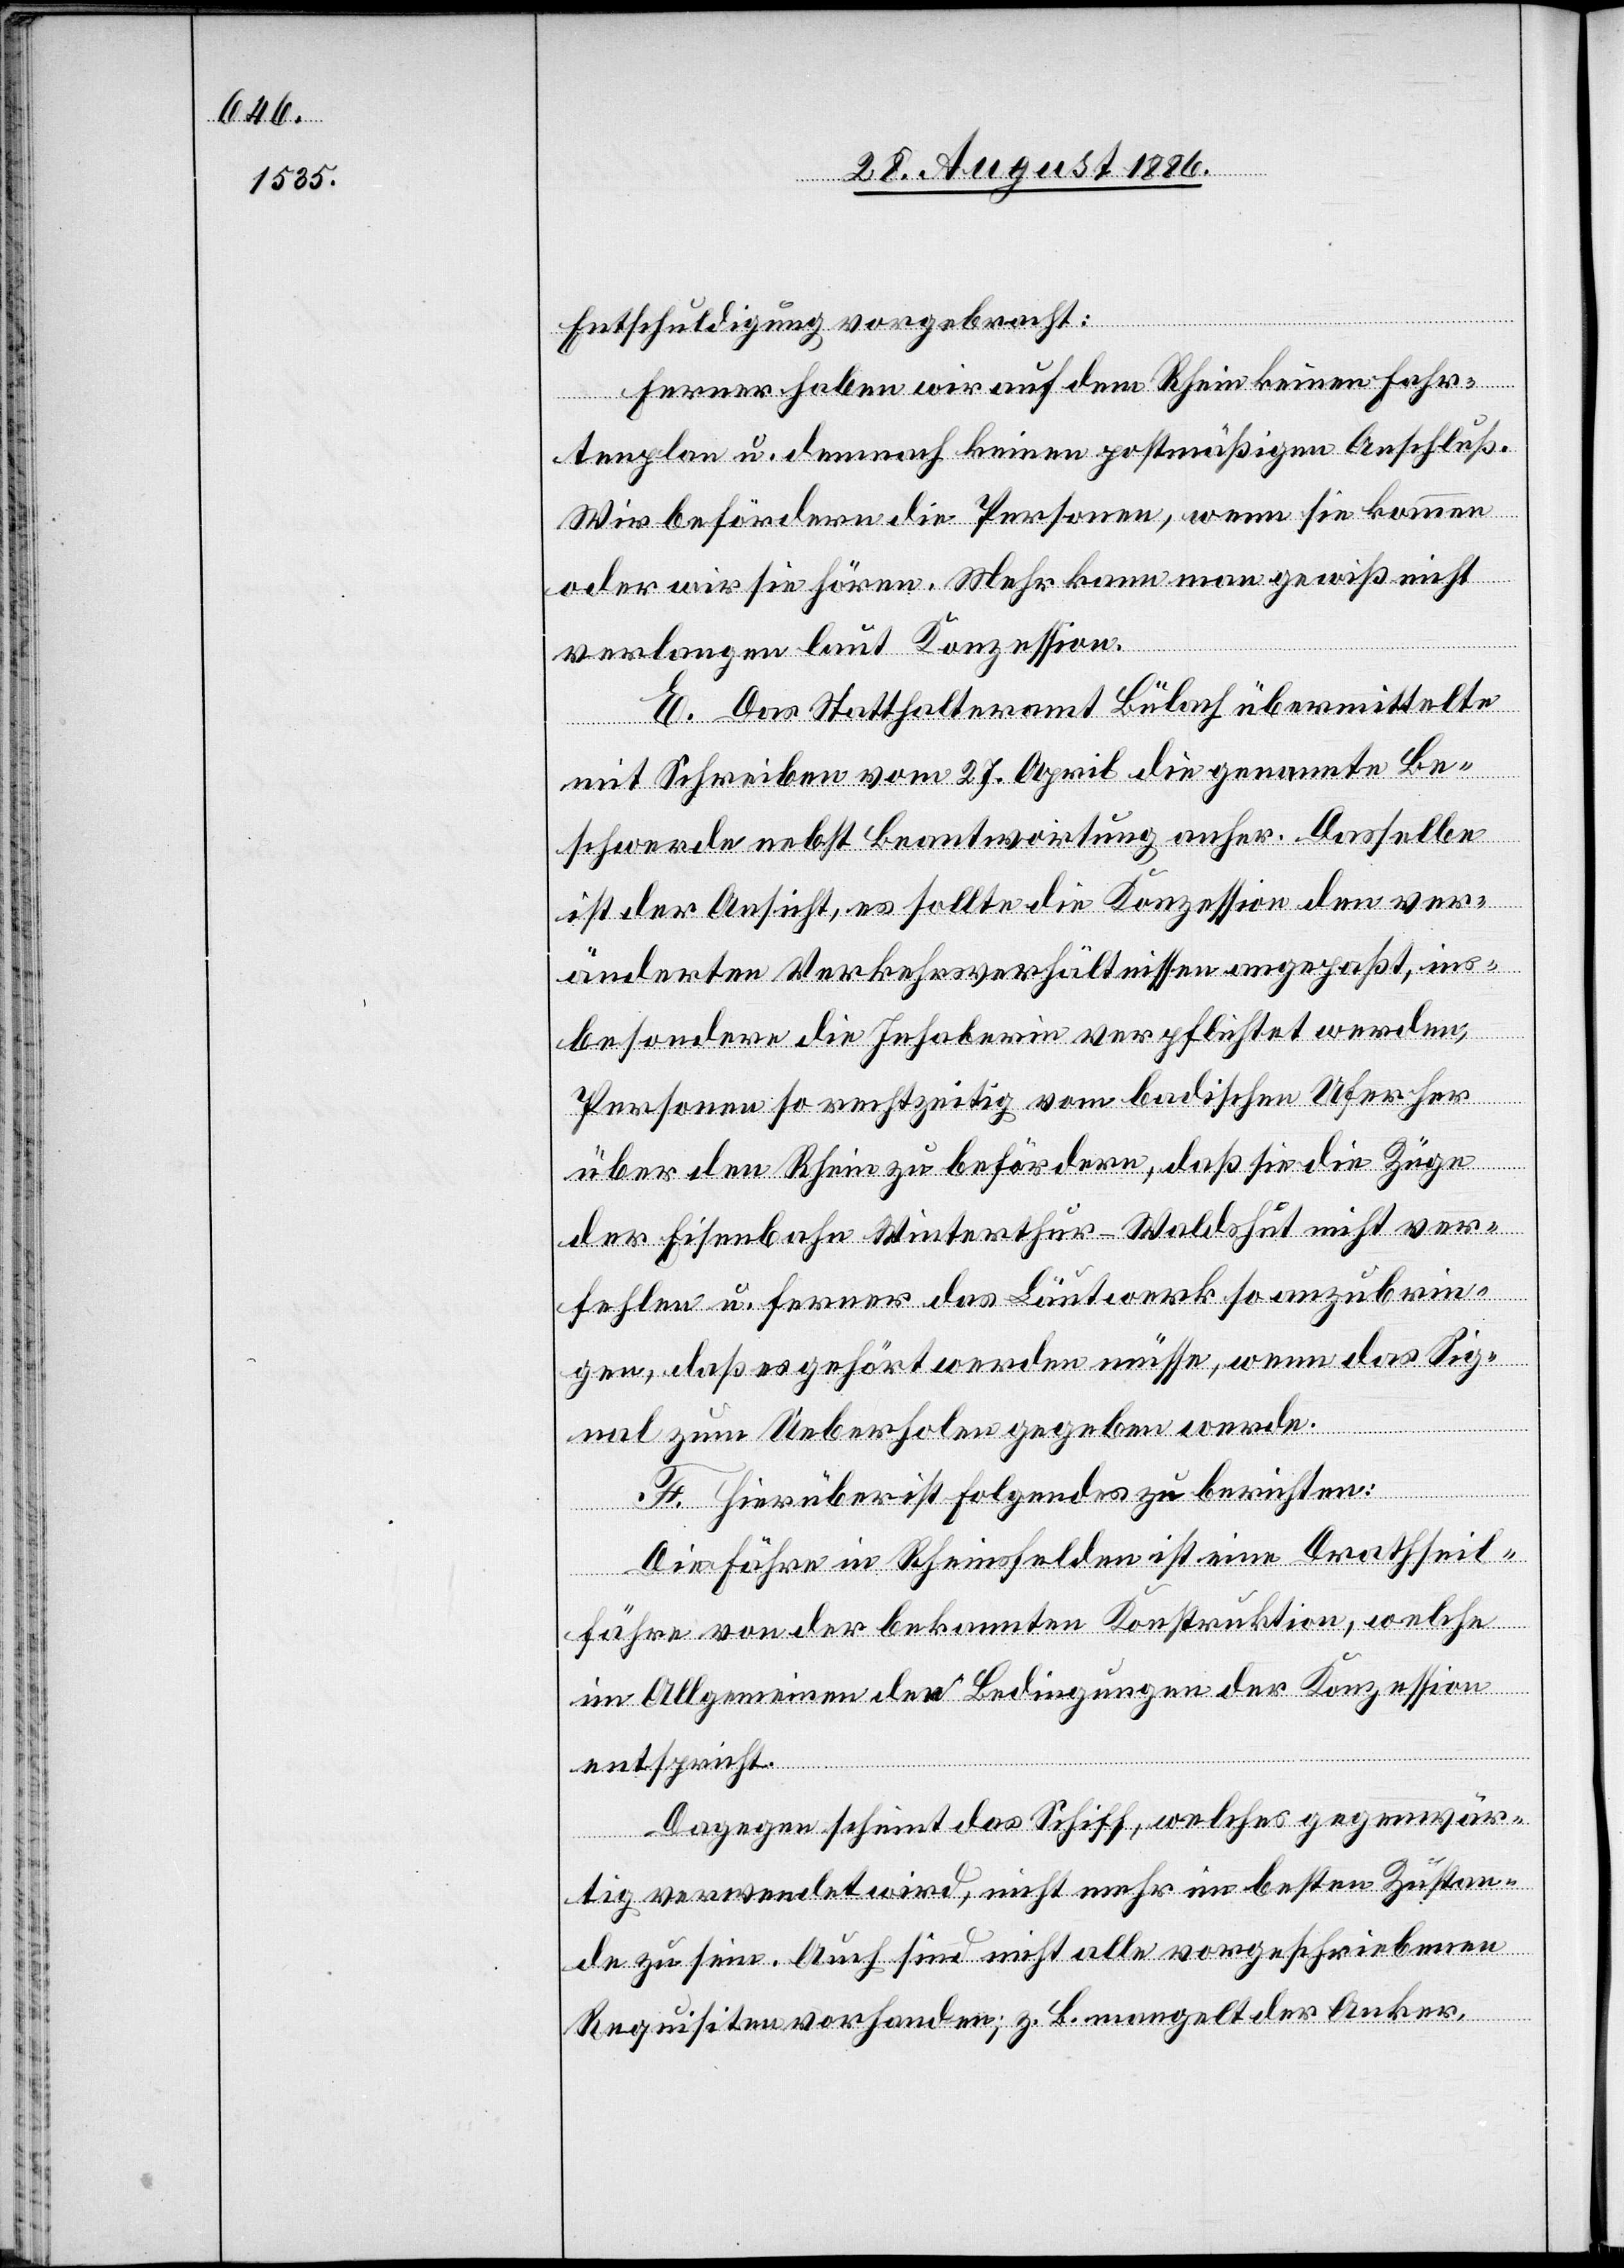
Entschuldigung vorgebracht:
Ferner haben wir auf dem Rhein keinen Fahr¬
tenplan u. demnach keinen postmäßigen Anschluß.
Wir befördern die Personen, wenn sie kommen
oder wir sie hören. Mehr kann man gewiß nicht
verlangen laut Konzession.
E. Das Statthalteramt Bülach übermittelte
mit Schreiben vom 27. April die genannte Be¬
schwerde nebst Beantwortung anher. Dasselbe
ist der Ansicht, es sollte die Konzession den ver¬
änderten Verkehrsverhältnissen angepaßt, ins¬
besondere die Inhaberin verpflichtet werden,
Personen so rechtzeitig vom badischen Ufer her
der Eisenbahn Winterthur–Waldshut nicht ver¬
fehlen u. ferner das Läutwerk so anzubrin¬
gen, daß es gehört werden müsse, wenn das Sig¬
nal zum Ueberholen gegeben werde.
F. Hierüber ist Folgendes zu berichten:
daß
Die Fähre in Rheinsfelden ist eine Drathseil¬
sie die
fähre von der bekannten Konstruktion, welche
im Allgemeinen den Bedingungen der Konzession
entspricht.
Dagegen scheint das Schiff, welches gegenwär¬
tig verwendet wird, nicht mehr im besten Zustan¬
de zu sein. Auch sind nicht alle vorgeschriebenen
Requisiten vorhanden; z. B. mangelt der Anker.